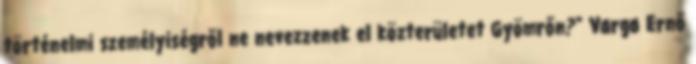
történelmi személyiségről ne nevezzenek el közterületet Gyömrőn?" Varga Ernő